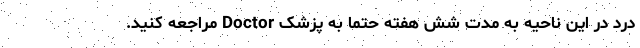
درد در این ناحیه به مدت شش هفته حتماً به پزشک Doctor مراجعه کنید.